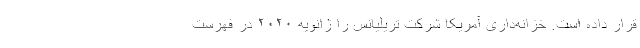
قرار داده است. خزانه‌داری آمریکا شرکت تریلیانس را ژانویه ۲۰۲۰ در فهرست